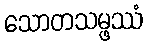
သောတသမ္ဖဿံ